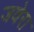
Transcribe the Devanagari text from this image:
जवेरा